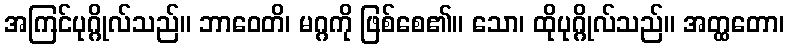
အကြင်ပုဂ္ဂိုလ်သည်။ ဘာဝေတိ၊ မဂ္ဂကို ဖြစ်စေ၏။ သော၊ ထိုပုဂ္ဂိုလ်သည်။ အတ္ထတော၊